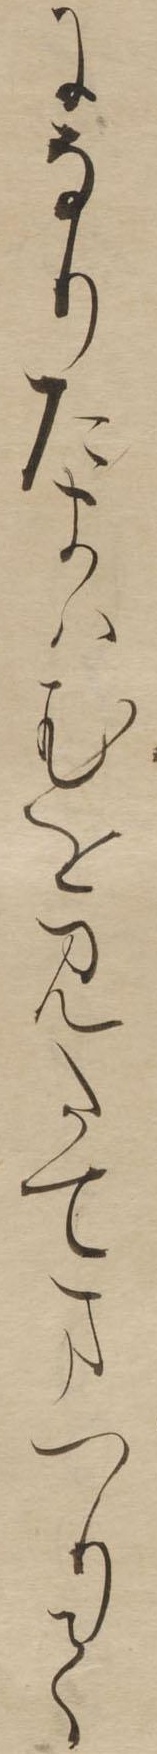
になりたまはむをみたてまつりて